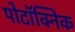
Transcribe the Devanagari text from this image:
पोटॉक्निक